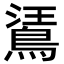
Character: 𪁘